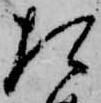
た